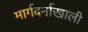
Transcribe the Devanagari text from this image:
मार्गदर्नाखाली